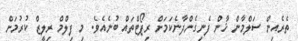
ތެރެއިން ސަލްމާން ޚާން ފެނިގެންދާނެކަމަށް ރިޕޯޓްތައް ބުނެއެވެ. މި ފިލްމް ރިލީޒް ކުރުމަށް